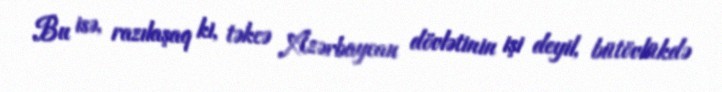
Bu isə, razılaşaq ki, təkcə Azərbaycan dövlətinin işi deyil, bütövlükdə